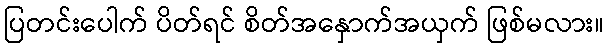
ပြတင်းပေါက် ပိတ်ရင် စိတ်အနှောက်အယှက် ဖြစ်မလား။